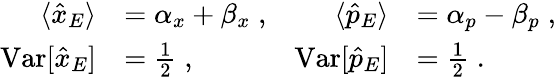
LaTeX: \begin{array}{rlrl}{\langle\hat{x}_{E}\rangle}&{=\alpha_{x}+\beta_{x}\; ,}&{\langle\hat{p}_{E}\rangle}&{=\alpha_{p}-\beta_{p}\; ,}\\ {\mathrm{Var}[\hat{x}_{E}]}&{=\frac{1}{2}\; ,}&{\mathrm{Var}[\hat{p}_{E}]}&{=\frac{1}{2}\; .}\end{array}